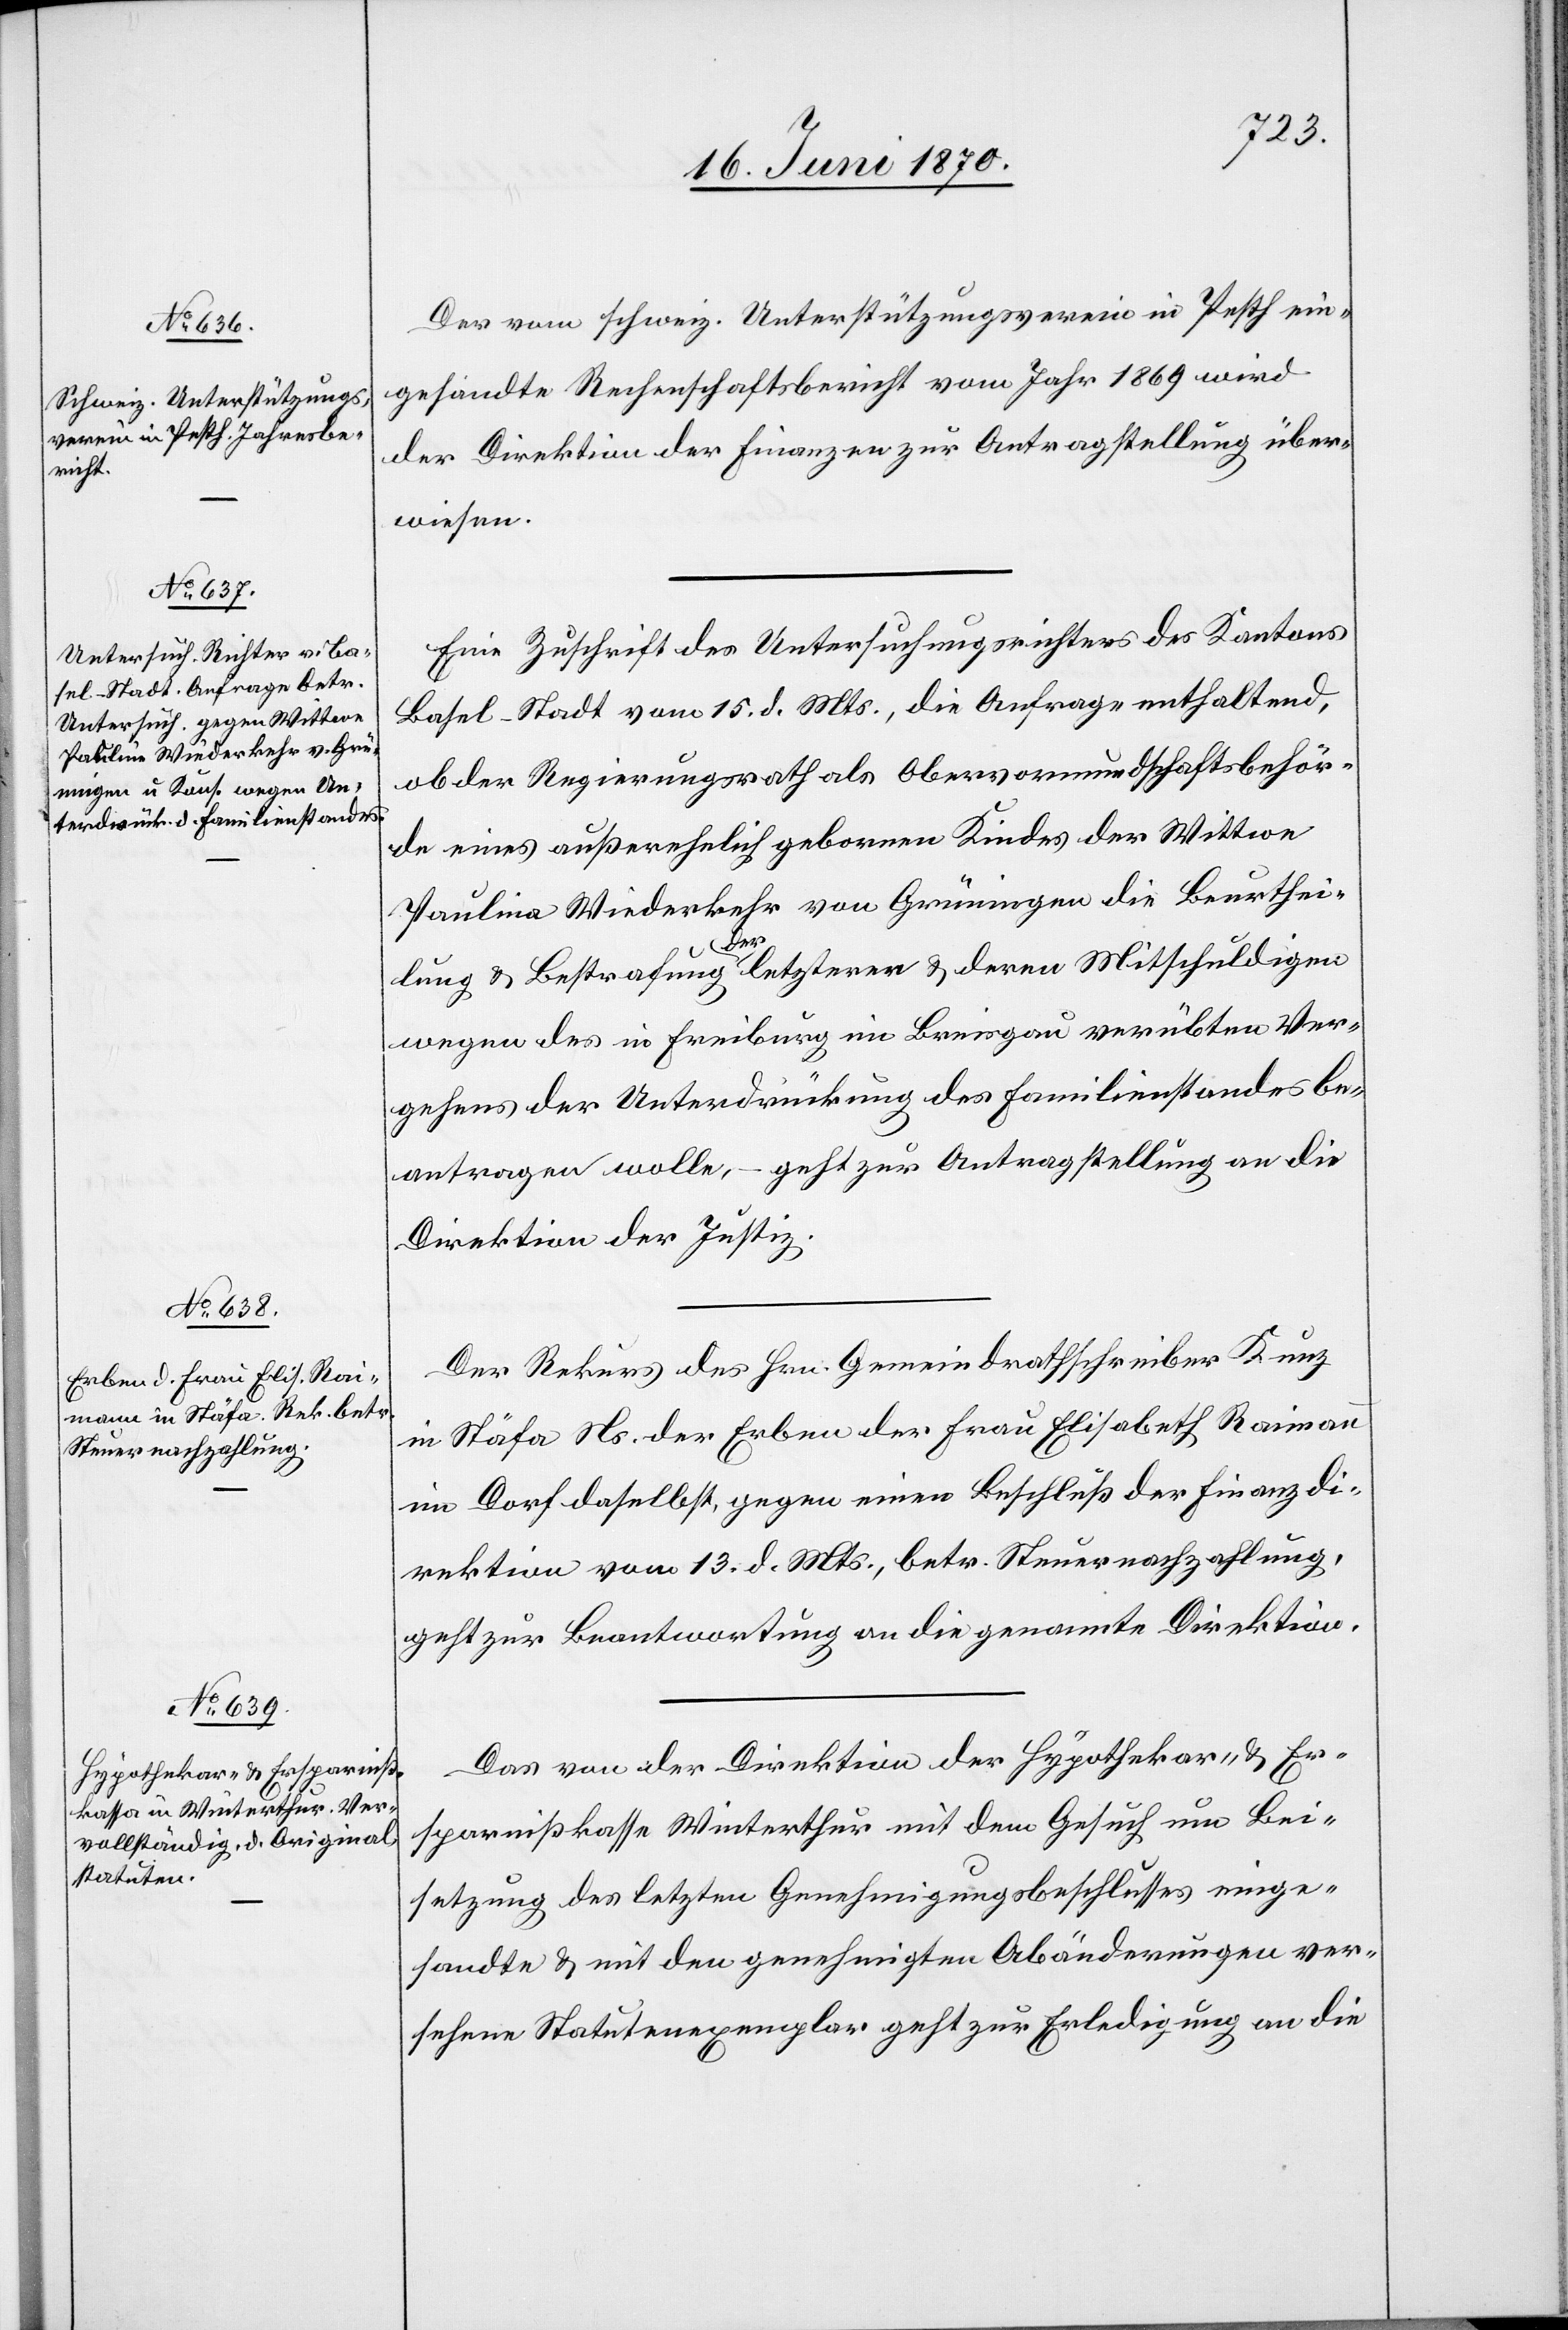
17. Juni 1870.]
Der vom schweiz. Unterstützungsverein in Pesth ein¬
gesandte Rechenschaftsbericht vom Jahr 1869 wird
der Direktion der Finanzen zur Antragstellung über¬
wiesen.
Eine Zuschrift des Untersuchungsrichters des Kantons
Basel-Stadt vom 15. d. Mts., die Anfrage enthaltend,
ob der Regierungsrath als Obervormundschaftsbehör¬
de eines außerehelich gebornen Kindes der Wittwe
Paulina Wiederkehr von Grüningen die Beurthei¬
al-Ver¬
lung & Bestrafung der letztern & deren Mitschuldigen
wegen des in Freiburg im Breisgau verübten Ver¬
gehens der Unterdrückung des Familienstandes be¬
antragen wolle, – geht zur Antragstellung an die
Direktion der Justiz.
Der Rekurs des Hrn. Gemeindrathschreiber Kunz
in Stäfa Ns. der Erben der Frau Elisabeth Raimann
im Dorf daselbst, gegen einen Beschluß der Finanzdi¬
rektion vom 13. d. Mts., betr. Steuernachzahlung,
geht zur Beantwortung an die genannte Direktion.
Das von der Direktion der Hypothekar- & Er¬
fügungen
sparnißkasse Winterthur mit dem Gesuch um Bei¬
setzung des letzten Genehmigungsbeschlusses einge¬
sandte & mit den genehmigten Abänderungen ver¬
sehen Statutenexemplar geht zur Erledigung an die